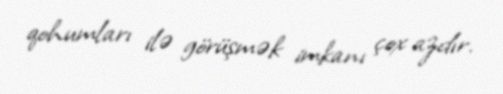
qohumları ilə görüşmək imkanı çox azdır.